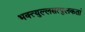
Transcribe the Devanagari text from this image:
भक्त्युल्लसत्पुलकतां